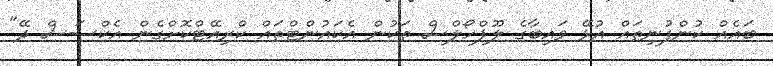
ބައެއް ކުންފުނިތައް އުޅޭ ވައިބާގެ ލޫޕްހޯލްސް ތަކުން އެކައުންޓްތައް ކްރިއޭޓްކޮށްގެން އެކްސަސް ދޭ"